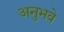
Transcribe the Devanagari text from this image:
अनुभवे